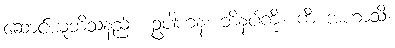
ဆောင်ယူဘိသနည်း။ ဥပါဟနံ၊ ဘိနပ်ကို။ ကိံ အဟာသိ၊